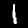
Digit: 1